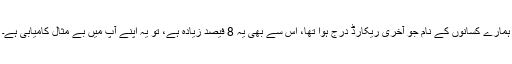
ہمارے کسانوں کے نام جو آخری ریکارڈ درج ہوا تھا، اس سے بھی یہ 8 فیصد زیادہ ہے، تو یہ اپنے آپ میں بے مثال کامیابی ہے۔